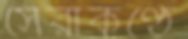
সেরাকণ্ঠে